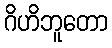
ဂိဟိဘူတော